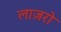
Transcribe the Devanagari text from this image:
लाज़रो